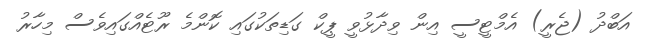
އަބްދު (ޖެރީ) އެމްޓީސީ އިން ވިދާޅުވީ ޕީކް ގަޑިތަކުގައި ކޮންމެ ރޫޓެއްގައިވެސް މިހާރު